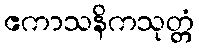
ဧကာသနိကသုတ္တံ